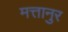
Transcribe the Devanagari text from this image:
मत्तानुर